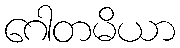
ဂေါတမိယာ